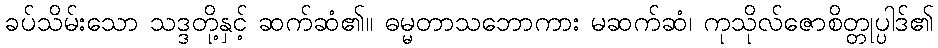
ခပ်သိမ်းသော သဒ္ဒတို့နှင့် ဆက်ဆံ၏။ ဓမ္မတာသဘောကား မဆက်ဆံ၊ ကုသိုလ်ဇောစိတ္တုပ္ပါဒ်၏